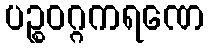
ပဉ္စဝဂ္ဂကရဏေ